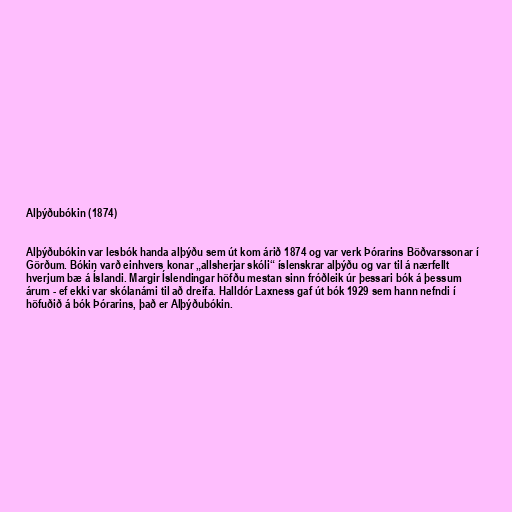
Alþýðubókin (1874)

Alþýðubókin var lesbók handa alþýðu sem út kom árið 1874 og var verk Þórarins Böðvarssonar í
Görðum. Bókin varð einhvers konar „allsherjar skóli“ íslenskrar alþýðu og var til á nærfellt
hverjum bæ á Íslandi. Margir Íslendingar höfðu mestan sinn fróðleik úr þessari bók á þessum
árum - ef ekki var skólanámi til að dreifa. Halldór Laxness gaf út bók 1929 sem hann nefndi í
höfuðið á bók Þórarins, það er Alþýðubókin.